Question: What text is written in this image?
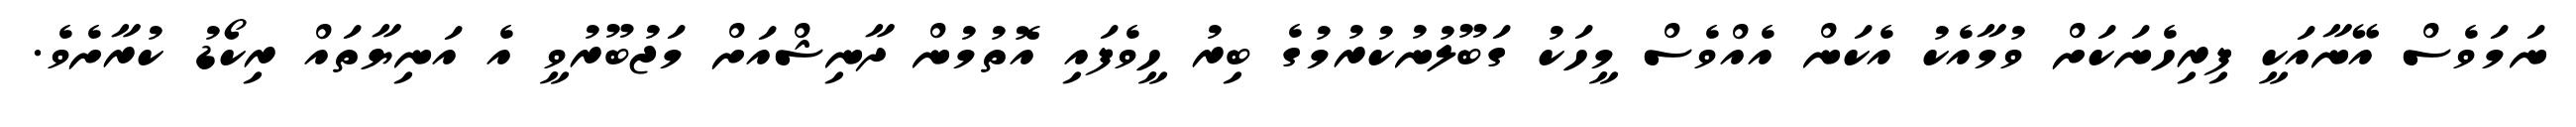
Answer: ނަމަވެސް އޭނާއަކީ ފިރިހެނަކަށް ވުމާއެކު އެކަން އެއްވެސް މީހަކު ގަބޫލުނުކުރުމުގެ ބިރު ހީވެފައި އޮތުމުން ދާނިޝްއަށް މަޖުބޫރުވީ އެ އަނިޔާތައް ރިކޯޑު ކުރާށެވެ.